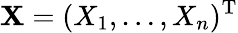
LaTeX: \mathbf{X}=(X_{1},\ldots,X_{n})^{\mathrm{{T}}}